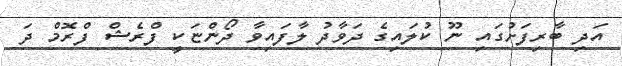
އަދި ބާރިފަށުގައި ނޫ ކުލައިގެ ދަވާދު ލާފައިވާ ދޯންޏަކީ ފްރެޝް ފްރޮމް ދަ